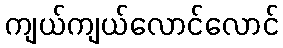
ကျယ်ကျယ်လောင်လောင်